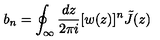
b _ { n } = \oint _ { \infty } \frac { d z } { 2 \pi i } [ w ( z ) ] ^ { n } \tilde { J } ( z )